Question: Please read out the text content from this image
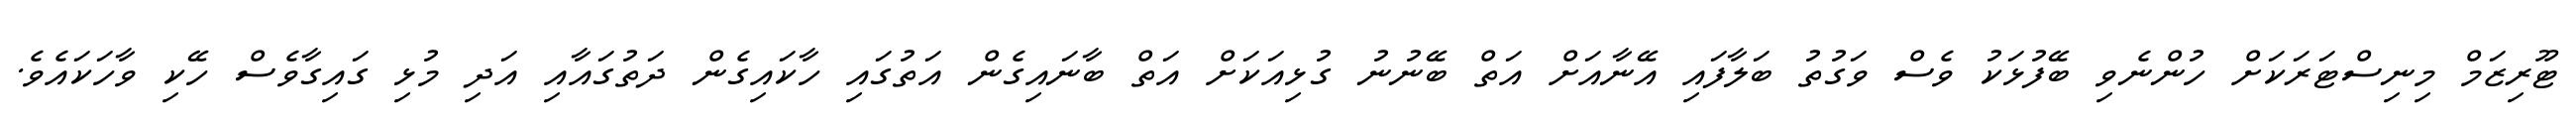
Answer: ޓޫރިޒަމް މިނިސްޓަރަކަށް ހުންނެވި ބޭފުޅަކު ވެސް ވަގުތު ބަލާފައި އޭނާއަށް އަތް ބޭނުނު ގުޅިއަކަށް އަތް ބާނައިގެން އަތުގައި ހާކައިގެން ދަތުގައާއި އަދި މުޅި ގައިގާވެސް ހޭކި ވާހަކައެވެ.